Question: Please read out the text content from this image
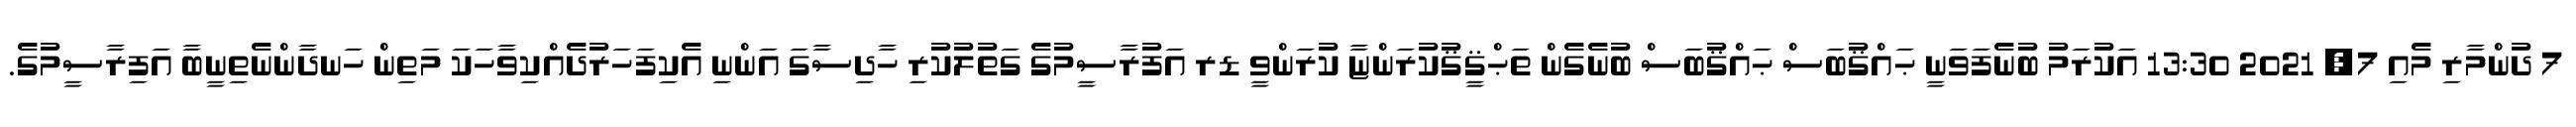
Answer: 7 ދުންމާރި މެއި 7, 2021 13:30 އަކުރަމު ބުނެފަވަނީ ޙައްޤުބަސް ޙައްޤުބަސް ބުނެގެން ތަޙްޤީޤުކުރަންޏާ ކުރަންވީ ޑރ އަފުރާސީމުގެ ގަތުލުކުރި ހާދިސާގަ އަންނި އެކިފަހަރުދެއްކިވާހަކަ މަތިން ހަނދާންނެތިނީބާ އަފިރާސީމުގެ.